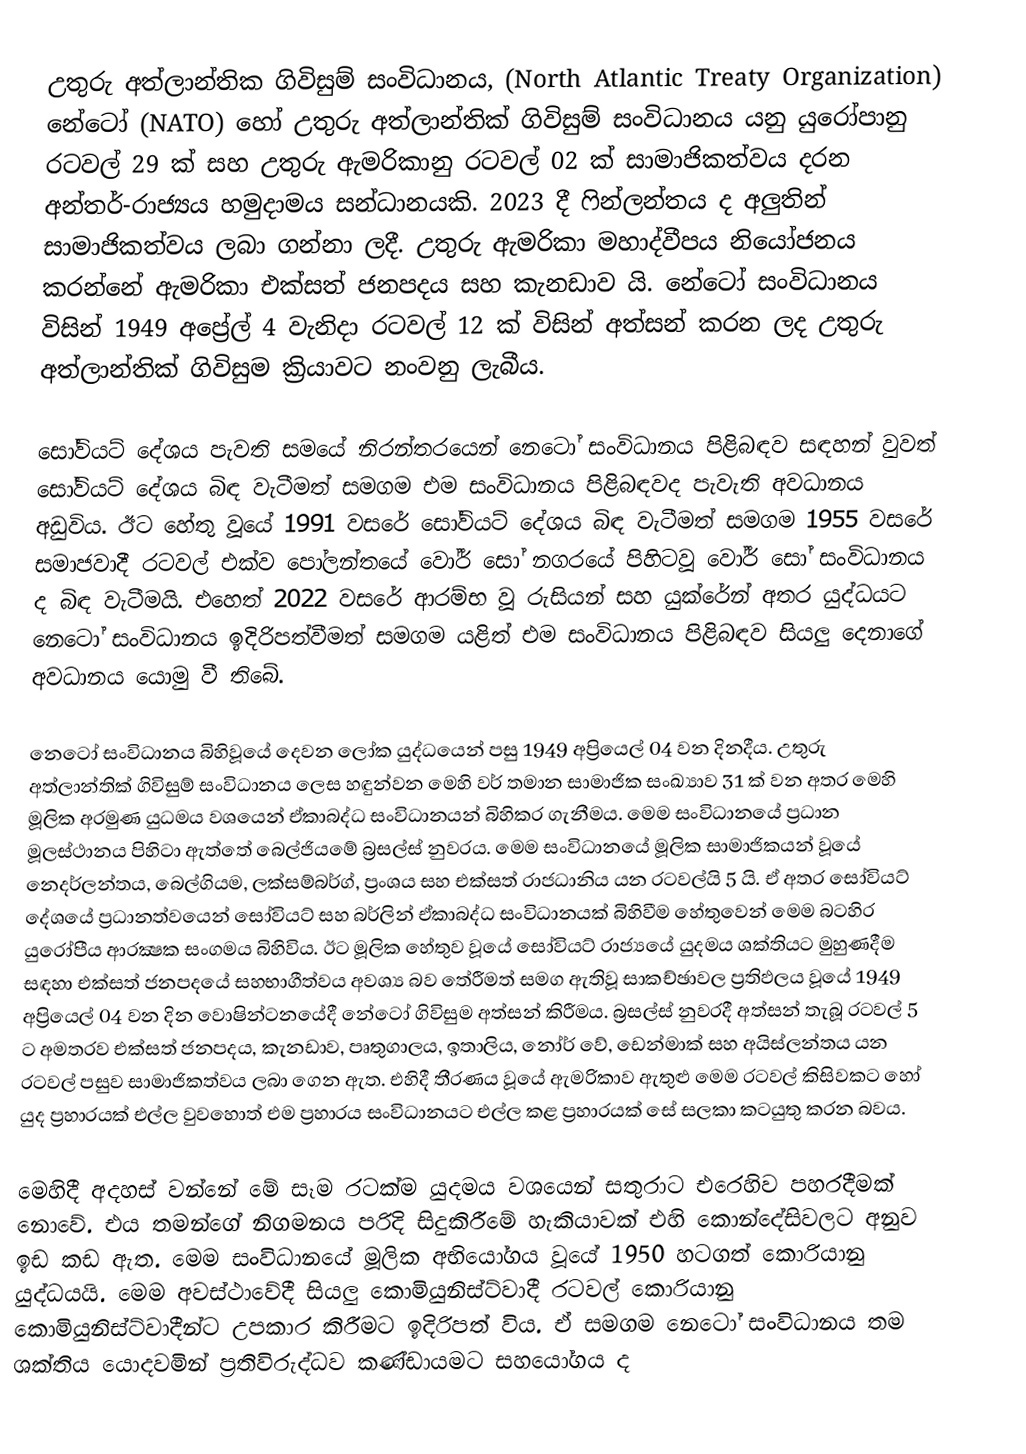
උතුරු අත්ලාන්තික ගිවිසුම් සංවිධානය, (North Atlantic Treaty Organization) නේටෝ (NATO) හෝ උතුරු අත්ලාන්තික් ගිවිසුම් සංවිධානය යනු යුරෝපානු රටවල් 29 ක් සහ උතුරු ඇමරිකානු රටවල් 02 ක් සාමාජිකත්වය දරන අන්තර්-රාජ්‍යය හමුදාමය සන්ධානයකි. 2023 දී ෆින්ලන්තය ද අලුතින් සාමාජිකත්වය ලබා ගන්නා ලදී. උතුරු ඇමරිකා මහාද්වීපය නියෝජනය කරන්නේ ඇමරිකා එක්සත් ජනපදය සහ කැනඩාව යි. නේටෝ සංවිධානය විසින් 1949 අප්‍රේල් 4 වැනිදා රටවල් 12 ක් විසින් අත්සන් කරන ලද උතුරු අත්ලාන්තික් ගිවිසුම ක්‍රියාවට නංවනු ලැබීය.

සෝවියට්‌ දේශය පැවති සමයේ නිරන්තරයෙන් නෙටෝ සංවිධානය පිළිබඳව සඳහන් වුවත් සෝවියට්‌ දේශය බිඳ වැටීමත් සමගම එම සංවිධානය පිළිබඳවද පැවැති අවධානය අඩුවිය. ඊට හේතු වූයේ 1991 වසරේ සෝවියට්‌ දේශය බිඳ වැටීමත් සමගම 1955 වසරේ සමාජවාදී රටවල් එක්ව පෝලන්තයේ වෝර් සෝ නගරයේ පිහිටවූ වෝර් සෝ සංවිධානය ද බිඳ වැටීමයි. එහෙත් 2022 වසරේ ආරම්භ වූ රුසියන් සහ යුක්රේන් අතර යුද්ධයට නෙටෝ සංවිධානය ඉදිරිපත්වීමත් සමගම යළිත් එම සංවිධානය පිළිබඳව සියලු දෙනාගේ අවධානය යොමු වී තිබේ.

නෙටෝ සංවිධානය බිහිවූයේ දෙවන ලෝක යුද්ධයෙන් පසු 1949 අප්‍රියෙල් 04 වන දිනදීය. උතුරු අත්ලාන්තික්‌ ගිවිසුම් සංවිධානය ලෙස හඳුන්වන මෙහි වර් තමාන සාමාජික සංඛ්‍යාව 31 ක්‌ වන අතර මෙහි මූලික අරමුණ යුධමය වශයෙන් ඒකාබද්ධ සංවිධානයන් බිහිකර ගැනීමය. මෙම සංවිධානයේ ප්‍රධාන මූලස්‌ථානය පිහිටා ඇත්තේ බෙල්ජියමේ බ්‍රසල්ස්‌ නුවරය. මෙම සංවිධානයේ මූලික සාමාජිකයන් වූයේ නෙදර්ලන්තය, බෙල්ගියම, ලක්‌සම්බර්ග්, ප්‍රංශය සහ එක්‌සත් රාජධානිය යන රටවල්යි 5 යි. ඒ අතර සෝවියට්‌ දේශයේ ප්‍රධානත්වයෙන් සෝවියට්‌ සහ බර්ලින් ඒකාබද්ධ සංවිධානයක්‌ බිහිවීම හේතුවෙන් මෙම බටහිර යුරෝපීය ආරක්‍ෂක සංගමය බිහිවිය. ඊට මූලික හේතුව වූයේ සෝවියට්‌ රාජ්‍යයේ යුදමය ශක්‌තියට මුහුණදීම සඳහා එක්‌සත් ජනපදයේ සහභාගීත්වය අවශ්‍ය බව තේරීමත් සමග ඇතිවූ සාකච්ඡාවල ප්‍රතිඵලය වූයේ 1949 අප්‍රියෙල් 04 වන දින වොෂින්ටනයේදී නේටෝ ගිවිසුම අත්සන් කිරීමය. බ්‍රසල්ස්‌ නුවරදී අත්සන් තැබූ රටවල් 5 ට අමතරව එක්‌සත් ජනපදය, කැනඩාව, පෘතුගාලය, ඉතාලිය, නෝර් වේ, ඩෙන්මාක් සහ අයිස්‌ලන්තය යන රටවල් පසුව සාමාජිකත්වය ලබා ගෙන ඇත. එහිදී තීරණය වූයේ ඇමරිකාව ඇතුළු මෙම රටවල් කිසිවකට හෝ යුද ප්‍රහාරයක්‌ එල්ල වුවහොත් එම ප්‍රහාරය සංවිධානයට එල්ල කළ ප්‍රහාරයක්‌ සේ සලකා කටයුතු කරන බවය.

මෙහිදී අදහස්‌ වන්නේ මේ සෑම රටක්‌ම යුදමය වශයෙන් සතුරාට එරෙහිව පහරදීමක්‌ නොවේ. එය තමන්ගේ නිගමනය පරිදි සිදුකිරීමේ හැකියාවක්‌ එහි කොන්දේසිවලට අනුව ඉඩ කඩ ඇත. මෙම සංවිධානයේ මූලික අභියෝගය වූයේ 1950 හටගත් කොරියානු යුද්ධයයි. මෙම අවස්‌ථාවේදී සියලු කොමියුනිස්‌ට්‌වාදී රටවල් කොරියානු කොමියුනිස්‌ට්‌වාදීන්ට උපකාර කිරීමට ඉදිරිපත් විය. ඒ සමගම නෙටෝ සංවිධානය තම ශක්‌තිය යොදවමින් ප්‍රතිවිරුද්ධව කණ්‌ඩායමට සහයෝගය ද